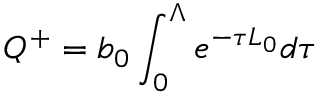
Q ^ { + } = b _ { 0 } \int _ { 0 } ^ { \Lambda } e ^ { - \tau L _ { 0 } } d \tau